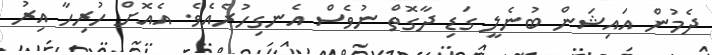
ދެމުން އައިޝަން ބުނެލީ ގަޑި ދާގޮތް ނުވެސް އެނގިހުރެއެވެ. އެއޮށް ހުރިހާ އިރު